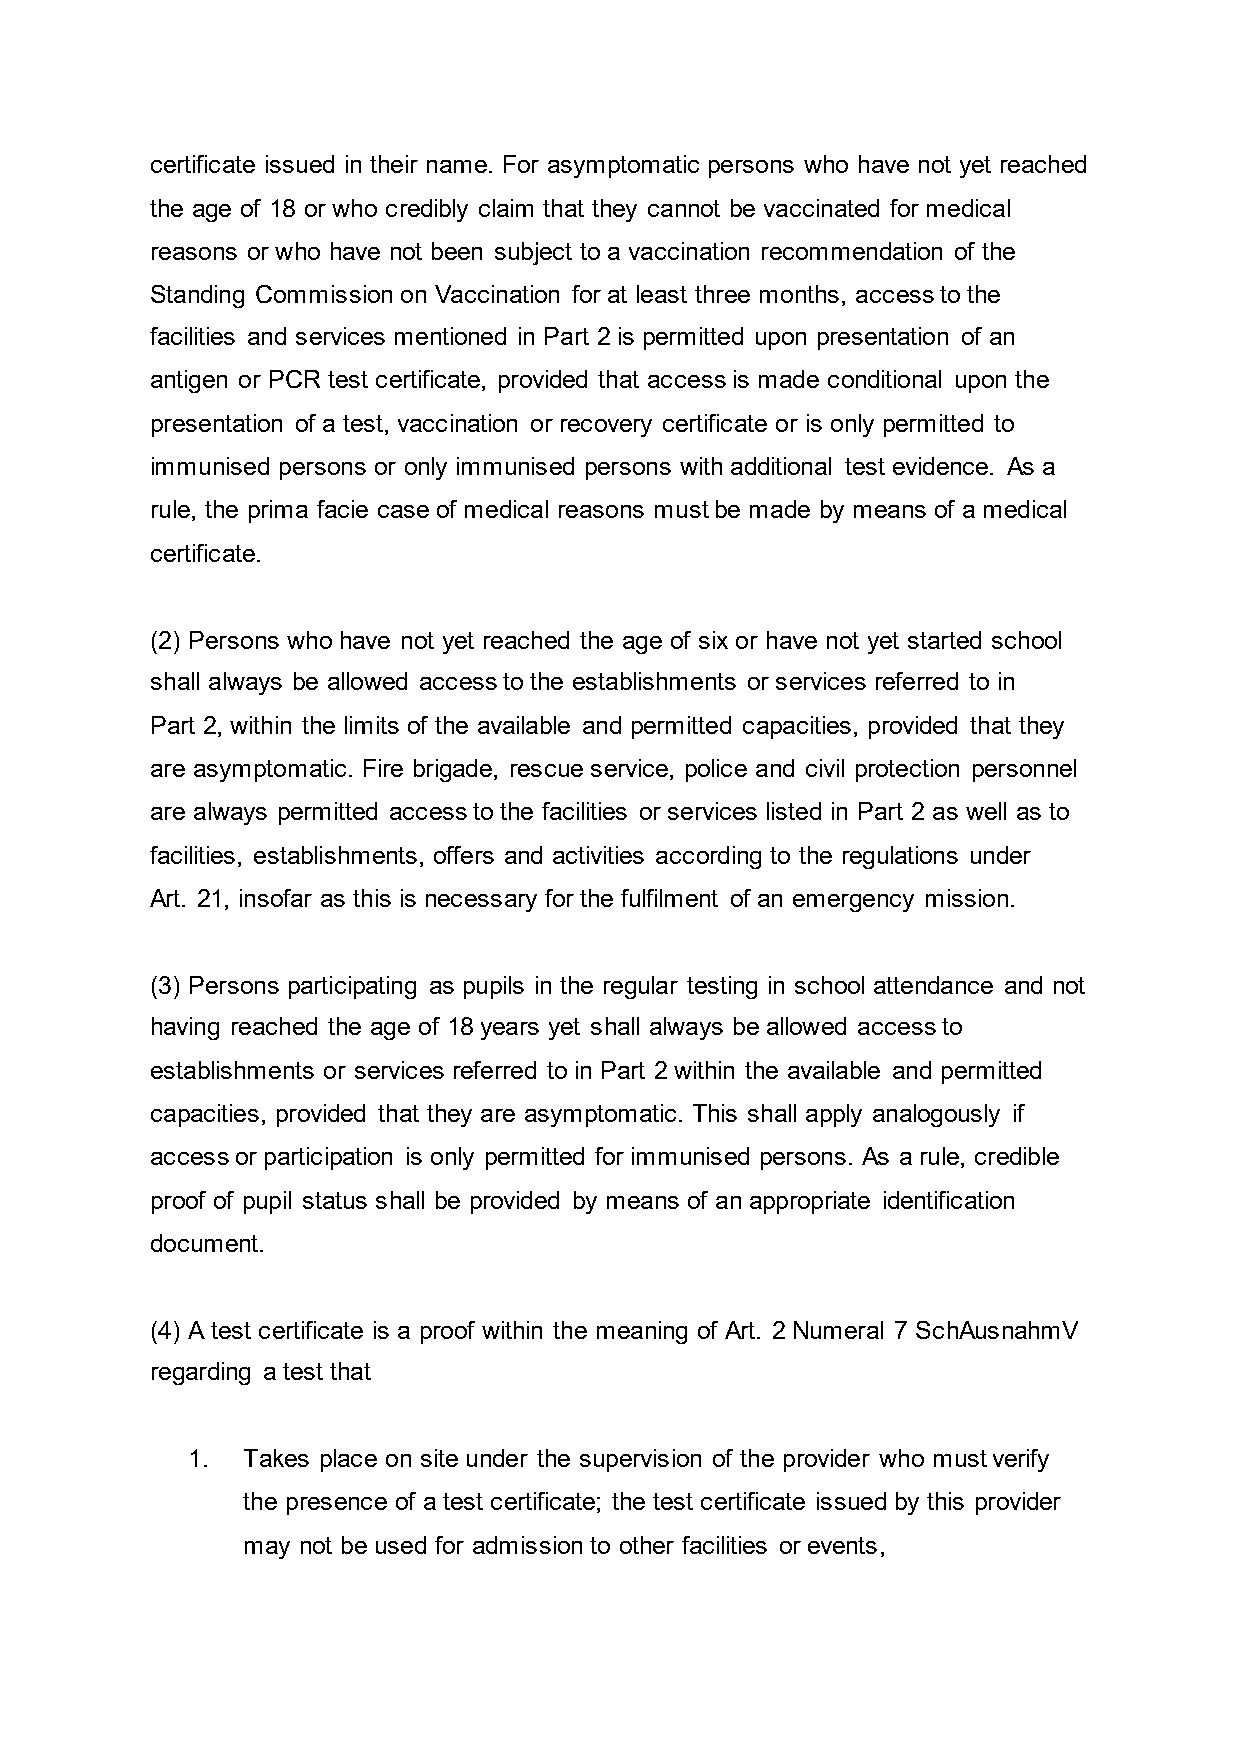
certificate issued in their name. For asymptomatic persons who have not yet reached
 the age of 18 or who credibly claim that they cannot be vaccinated for medical
 reasons or who have not been subject to a vaccination recommendation of the
 Standing Commission on Vaccination for at least three months, access to the
 facilities and services mentioned in Part 2 is permitted upon presentation of an
 antigen or PCR test certificate, provided that access is made conditional upon the
 presentation of a test, vaccination or recovery certificate or is only permitted to
 immunised persons or only immunised persons with additional test evidence. As a
 rule, the prima facie case of medical reasons must be made by means of a medical
 certificate.
 (2) Persons who have not yet reached the age of six or have not yet started school
 shall always be allowed access to the establishments or services referred to in
 Part 2, within the limits of the available and permitted capacities, provided that they
 are asymptomatic. Fire brigade, rescue service, police and civil protection personnel
 are always permitted access to the facilities or services listed in Part 2 as well as to
 facilities, establishments, offers and activities according to the regulations under
 Art. 21, insofar as this is necessary for the fulfilment of an emergency mission.
 (3) Persons participating as pupils in the regular testing in school attendance and not
 having reached the age of 18 years yet shall always be allowed access to
 establishments or services referred to in Part 2 within the available and permitted
 capacities, provided that they are asymptomatic. This shall apply analogously if
 access or participation is only permitted for immunised persons. As a rule, credible
 proof of pupil status shall be provided by means of an appropriate identification
 document.
 (4) A test certificate is a proof within the meaning of Art. 2 Numeral 7 SchAusnahmV
 regarding a test that
 1.  Takes place on site under the supervision of the provider who must verify
 the presence of a test certificate; the test certificate issued by this provider
 may not be used for admission to other facilities or events,